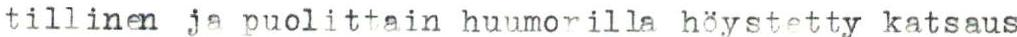
tillinen ja puolittain huumorilla höystetty katsaus